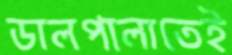
ডালপালাতেই